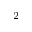
_ 2